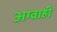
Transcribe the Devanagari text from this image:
अग्वाही